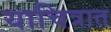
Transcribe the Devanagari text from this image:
याचित्रात